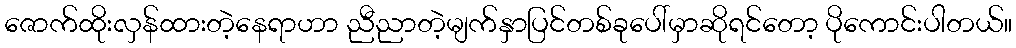
ဇောက်ထိုးလှန်ထားတဲ့နေရာဟာ ညီညာတဲ့မျက်နှာပြင်တစ်ခုပေါ်မှာဆိုရင်တော့ ပိုကောင်းပါတယ်။